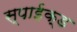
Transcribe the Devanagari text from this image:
स्पाईक्ड